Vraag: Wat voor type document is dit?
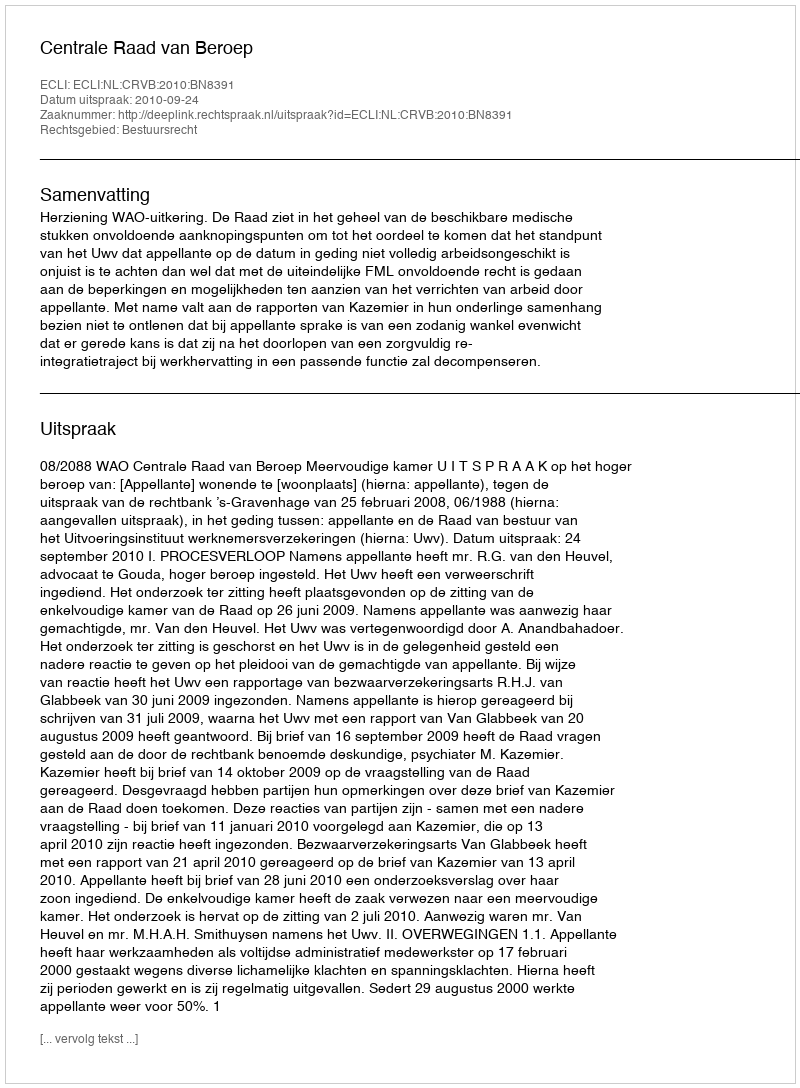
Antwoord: Uitspraak